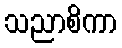
သညာစိကာ